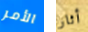
الأمر أثار